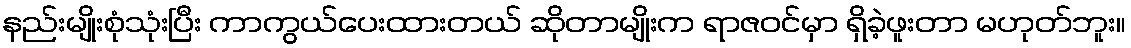
နည်းမျိုးစုံသုံးပြီး ကာကွယ်ပေးထားတယ် ဆိုတာမျိုးက ရာဇဝင်မှာ ရှိခဲ့ဖူးတာ မဟုတ်ဘူး။